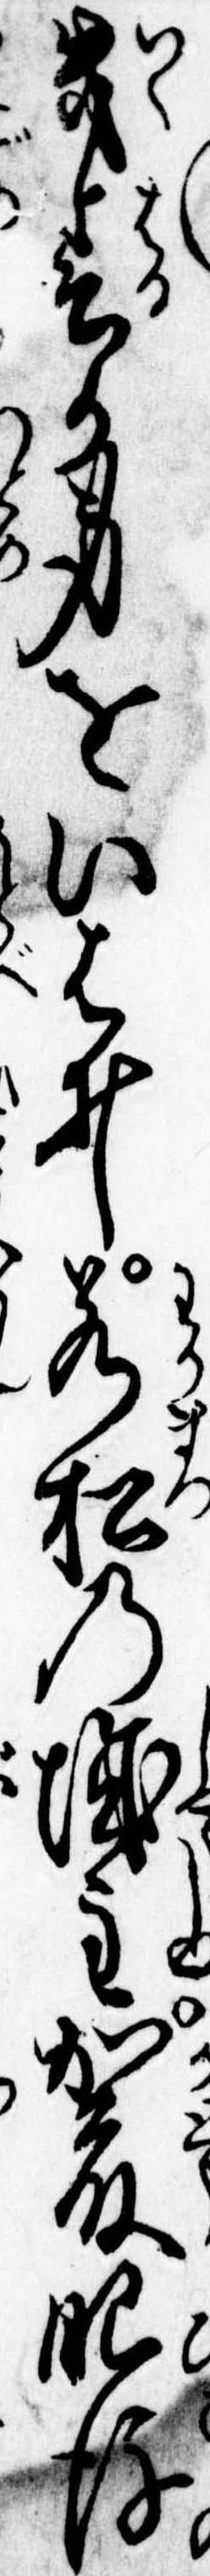
幾春か身をいはゐ若松の城主加藤肥後